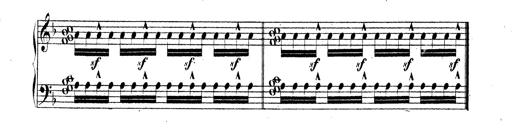
Title: Technische Studien
Composer: Franz Liszt